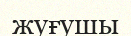
жуғушы